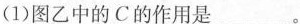
(1)图乙中的C的作用是___。